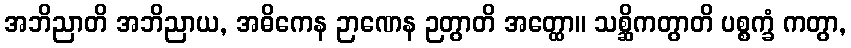
အဘိညာတိ အဘိညာယ, အဓိကေန ဉာဏေန ဉတွာတိ အတ္ထော။ သစ္ဆိကတွာတိ ပစ္စက္ခံ ကတွာ,